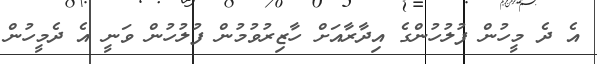
އެ ދެ މީހުން ފުލުހުންގެ އިދާރާއަށް ހާޒިރުވުމުން ފުލުހުން ވަނީ އެ ދެމީހުން